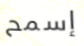
إسمح